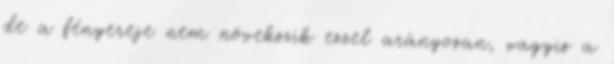
de a fényereje nem növekszik ezzel arányosan, vagyis a